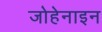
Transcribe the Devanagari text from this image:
जोहेनाइन